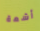
آشعة